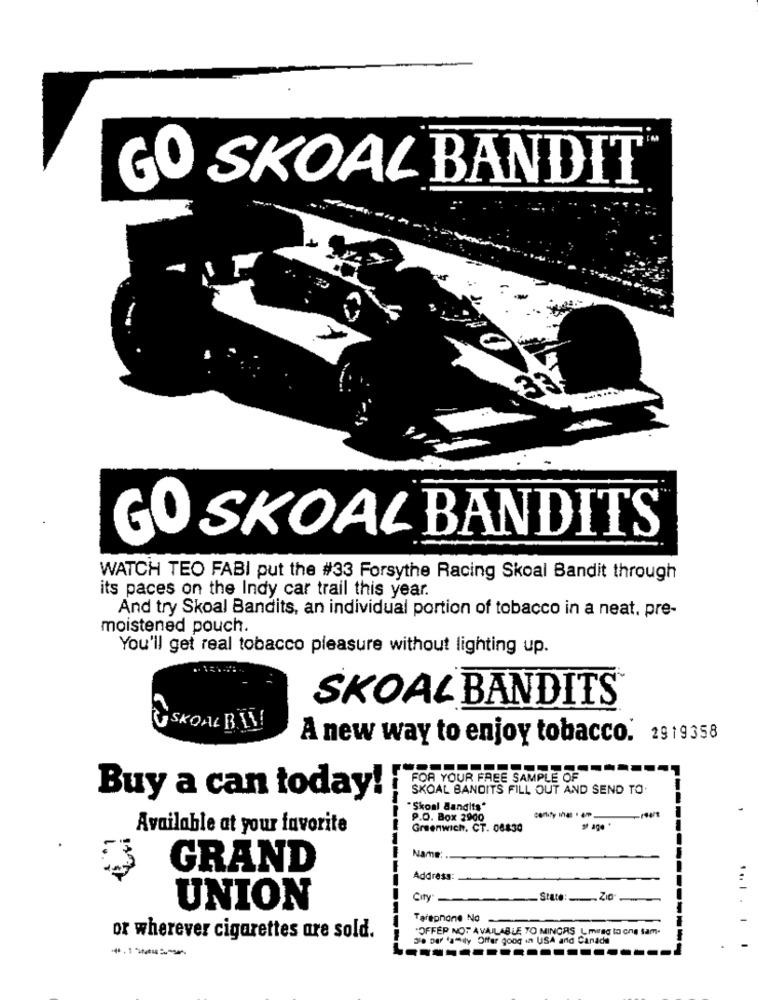
GO SKOAL BANDIT
GO SKOAL BANDITS
WATCH TEO FABI put the #33 Forsythe Racing Skoal Bandit through
its paces on the Indy car trail this year.
And try Skoal Bandits, an individual portion of tobacco in a neat. pre-
moistened pouch.
You'll get real tobacco pleasure without lighting up.
SKOAL BANDITS
SKOAL B !!!
A new way to enjoy tobacco. 1919358
FOR YOUR FREE SAMPLE OF
SKOAL BANDITS FILL OUT AND SEND TO.
Buy a can today!
"Skoal dandits"
P.O. Box 2900
Available at your favorite
Greenwich, CT. 08830
of age *
Name:
GRAND
--------
Address:
... I
City
State:Zia
UNION
Tarepnone No
-
"OFFER NOT AVAILABLE TO MINORS Lmirgg to one sam-
or wherever cigarettes are sold.
3le Der family Offer goog in USA and Canada